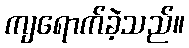
ကျရောက်ခဲ့သည်။